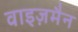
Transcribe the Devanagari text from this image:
वाइज़मैन